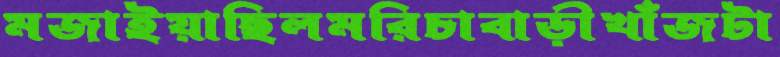
মজাইয়াছিলমরিচাবাড়ীখাঁজটা